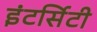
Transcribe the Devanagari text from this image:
इंटर्सिटी